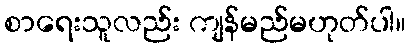
စာရေးသူလည်း ကျန်မည်မဟုတ်ပါ။